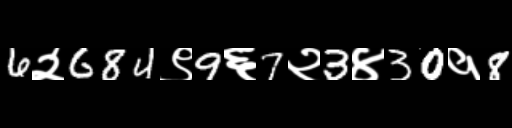
Text: 6२684९9६7२3४30१8